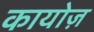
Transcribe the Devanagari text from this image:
कायोज़